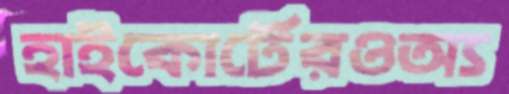
হাইকোর্টেরওঅ্য